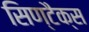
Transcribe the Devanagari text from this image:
सिण्टैक्स